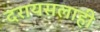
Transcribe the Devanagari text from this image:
दरायसलाही